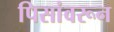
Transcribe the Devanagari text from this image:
पिसांवरून